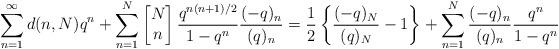
LaTeX: \begin{align*}\sum_{n=1}^{\infty}d(n, N)q^n + \sum_{n=1}^{N} \left[\begin{matrix} N \\ n \end{matrix} \right]\frac{q^{n(n+1)/2}}{1-q^n}\frac{(-q)_n}{(q)_n} = \frac{1}{2} \left\{\frac{(-q)_N}{(q)_N} - 1\right\} + \sum_{n=1}^{N} \frac{(-q)_n}{(q)_n}\frac{q^n}{1-q^n}\end{align*}